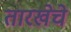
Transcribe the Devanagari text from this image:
तारखेचे